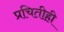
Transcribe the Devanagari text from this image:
प्रचितीही